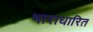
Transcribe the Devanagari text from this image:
भाराधारित